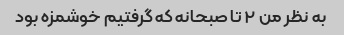
به نظر من ۲ تا صبحانه که گرفتیم خوشمزه بود